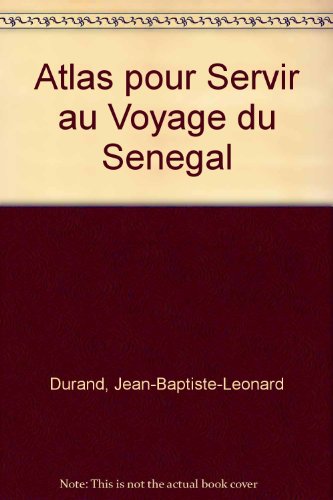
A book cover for Atlas pour Servir au Voyage du Senegal; Jean-Baptiste-Leonard Durand; Travel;